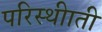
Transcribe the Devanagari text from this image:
परिस्थीाती